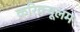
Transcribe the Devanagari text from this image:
करिक्यूलम